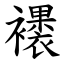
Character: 䙨